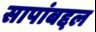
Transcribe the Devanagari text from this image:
सापांबद्दल